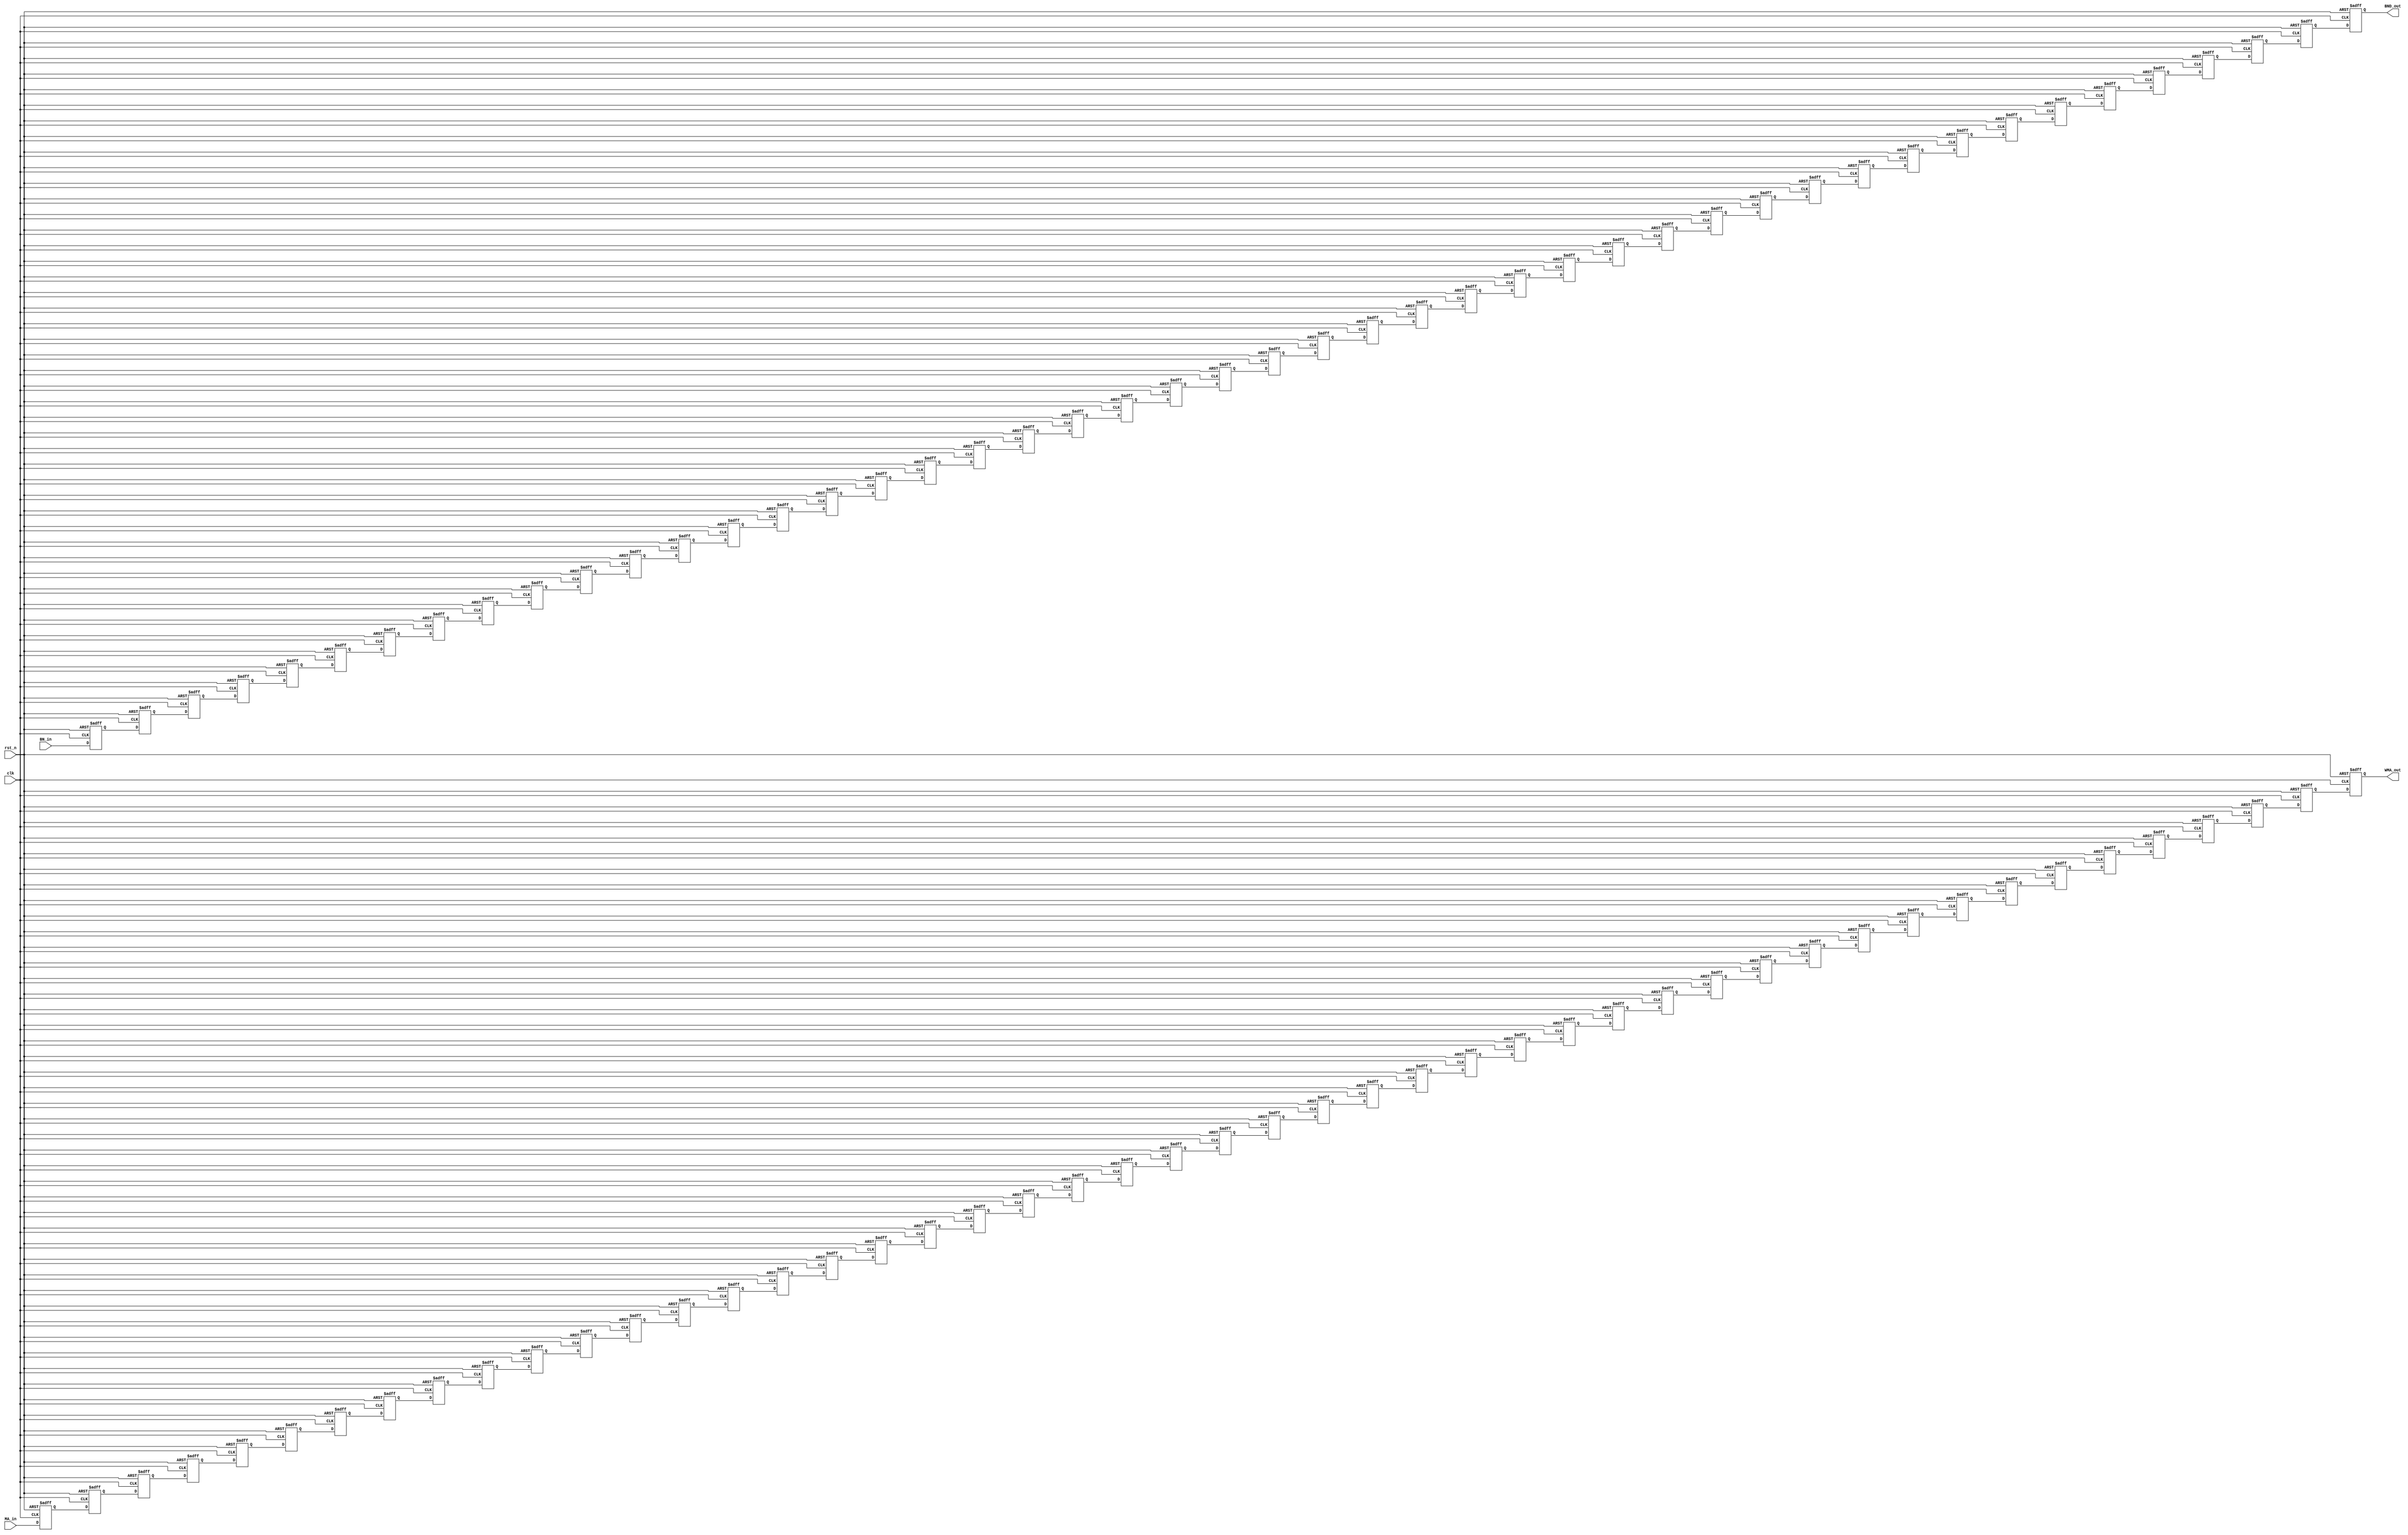
module R16_WAddr(BND_out,                  
 			     WMA_out,                  
                  BN_in,                    
 		         MA_in,                    
                  rst_n,                    
                  clk                       
                  ) ;                       
 parameter A_WIDTH   = 11;
                                               
 parameter A_ZERO    = 11'h0; 
 parameter BN_ZERO   = 1'h0 ;                  
                                               
                                               
 output              BND_out ;                 
 output[A_WIDTH-1:0] WMA_out ;                 
                                               
 input               BN_in ;                   
 input [A_WIDTH-1:0] MA_in ;                   
 input               rst_n ;                   
 input               clk ;                     
                                               
                                               
 reg                 BN_D0_reg ;               
 reg                 BN_D1_reg ;               
 reg                 BN_D2_reg ;               
 reg                 BN_D3_reg ;               
 reg                 BN_D4_reg ;               
 reg                 BN_D5_reg ;               
 reg                 BN_D6_reg ;               
 reg                 BN_D7_reg ;               
 reg                 BN_D8_reg ;               
 reg                 BN_D9_reg ;               
 reg                 BN_D10_reg ;              
 reg                 BN_D11_reg ;              
 reg                 BN_D12_reg ;              
 reg                 BN_D13_reg ;              
 reg                 BN_D14_reg ;              
 reg                 BN_D15_reg ;              
 reg                 BN_D16_reg ;              
 reg                 BN_D17_reg ;              
 reg                 BN_D18_reg ;              
 reg                 BN_D19_reg ;              
 reg                 BN_D20_reg ;              
 reg                 BN_D21_reg ;              
 reg                 BN_D22_reg ;              
 reg                 BN_D23_reg ;              
 reg                 BN_D24_reg ;              
 reg                 BN_D25_reg ;              
 reg                 BN_D26_reg ;              
 reg                 BN_D27_reg ;              
 reg                 BN_D28_reg ;              
 reg                 BN_D29_reg ;              
 reg                 BN_D30_reg ;              
 reg                 BN_D31_reg ;              
 reg                 BN_D32_reg ;              
 reg                 BN_D33_reg ;              
 reg                 BN_D34_reg ;              
 reg                 BN_D35_reg ;              
 reg                 BN_D36_reg ;              
 reg                 BN_D37_reg ;              
 reg                 BN_D38_reg ;              
 reg                 BN_D39_reg ;              
 reg                 BN_D40_reg ;              
 reg                 BN_D41_reg ;              
 reg                 BN_D42_reg ;              
 reg                 BN_D43_reg ;              
 reg                 BN_D44_reg ;              
 reg                 BN_D45_reg ;              
 reg                 BND_out ;                 
                                               
 reg   [A_WIDTH-1:0] MA_D0_reg ;               
 reg   [A_WIDTH-1:0] MA_D1_reg ;               
 reg   [A_WIDTH-1:0] MA_D2_reg ;               
 reg   [A_WIDTH-1:0] MA_D3_reg ;               
 reg   [A_WIDTH-1:0] MA_D4_reg ;               
 reg   [A_WIDTH-1:0] MA_D5_reg ;               
 reg   [A_WIDTH-1:0] MA_D6_reg ;               
 reg   [A_WIDTH-1:0] MA_D7_reg ;               
 reg   [A_WIDTH-1:0] MA_D8_reg ;               
 reg   [A_WIDTH-1:0] MA_D9_reg ;               
 reg   [A_WIDTH-1:0] MA_D10_reg ;              
 reg   [A_WIDTH-1:0] MA_D11_reg ;              
 reg   [A_WIDTH-1:0] MA_D12_reg ;              
 reg   [A_WIDTH-1:0] MA_D13_reg ;              
 reg   [A_WIDTH-1:0] MA_D14_reg ;              
 reg   [A_WIDTH-1:0] MA_D15_reg ;              
 reg   [A_WIDTH-1:0] MA_D16_reg ;              
 reg   [A_WIDTH-1:0] MA_D17_reg ;              
 reg   [A_WIDTH-1:0] MA_D18_reg ;              
 reg   [A_WIDTH-1:0] MA_D19_reg ;              
 reg   [A_WIDTH-1:0] MA_D20_reg ;              
 reg   [A_WIDTH-1:0] MA_D21_reg ;              
 reg   [A_WIDTH-1:0] MA_D22_reg ;              
 reg   [A_WIDTH-1:0] MA_D23_reg ;              
 reg   [A_WIDTH-1:0] MA_D24_reg ;              
 reg   [A_WIDTH-1:0] MA_D25_reg ;              
 reg   [A_WIDTH-1:0] MA_D26_reg ;              
 reg   [A_WIDTH-1:0] MA_D27_reg ;              
 reg   [A_WIDTH-1:0] MA_D28_reg ;              
 reg   [A_WIDTH-1:0] MA_D29_reg ;              
 reg   [A_WIDTH-1:0] MA_D30_reg ;              
 reg   [A_WIDTH-1:0] MA_D31_reg ;              
 reg   [A_WIDTH-1:0] MA_D32_reg ;              
 reg   [A_WIDTH-1:0] MA_D33_reg ;              
 reg   [A_WIDTH-1:0] MA_D34_reg ;              
 reg   [A_WIDTH-1:0] MA_D35_reg ;              
 reg   [A_WIDTH-1:0] MA_D36_reg ;              
 reg   [A_WIDTH-1:0] MA_D37_reg ;              
 reg   [A_WIDTH-1:0] MA_D38_reg ;              
 reg   [A_WIDTH-1:0] MA_D39_reg ;              
 reg   [A_WIDTH-1:0] MA_D40_reg ;              
 reg   [A_WIDTH-1:0] MA_D41_reg ;              
 reg   [A_WIDTH-1:0] MA_D42_reg ;              
 reg   [A_WIDTH-1:0] MA_D43_reg ;              
 reg   [A_WIDTH-1:0] MA_D44_reg ;              
 reg   [A_WIDTH-1:0] MA_D45_reg ;              
 reg   [A_WIDTH-1:0] MA_D46_reg ;              
 reg   [A_WIDTH-1:0] WMA_out ;                 
                                               
                                               
 	//BN delay 47 cycles and MA delay 48 cycles
 	always @(posedge clk or negedge rst_n) begin
 		if(~rst_n) begin                      
 			BN_D0_reg  <= BN_ZERO ;           
 			BN_D1_reg  <= BN_ZERO ;           
 			BN_D2_reg  <= BN_ZERO ;           
 			BN_D3_reg  <= BN_ZERO ;           
 			BN_D4_reg  <= BN_ZERO ;           
 			BN_D5_reg  <= BN_ZERO ;           
 			BN_D6_reg  <= BN_ZERO ;           
 			BN_D7_reg  <= BN_ZERO ;           
 			BN_D8_reg  <= BN_ZERO ;           
 			BN_D9_reg  <= BN_ZERO ;           
 			BN_D10_reg <= BN_ZERO ;           
 			BN_D11_reg <= BN_ZERO ;           
 			BN_D12_reg <= BN_ZERO ;           
 			BN_D13_reg <= BN_ZERO ;           
 			BN_D14_reg <= BN_ZERO ;           
 			BN_D15_reg <= BN_ZERO ;           
 			BN_D16_reg <= BN_ZERO ;           
 			BN_D17_reg <= BN_ZERO ;           
 			BN_D18_reg <= BN_ZERO ;           
 			BN_D19_reg <= BN_ZERO ;           
 			BN_D20_reg <= BN_ZERO ;           
 			BN_D21_reg <= BN_ZERO ;           
 			BN_D22_reg <= BN_ZERO ;           
 			BN_D23_reg <= BN_ZERO ;           
 			BN_D24_reg <= BN_ZERO ;           
 			BN_D25_reg <= BN_ZERO ;           
 			BN_D26_reg <= BN_ZERO ;           
 			BN_D27_reg <= BN_ZERO ;           
 			BN_D28_reg <= BN_ZERO ;           
 			BN_D29_reg <= BN_ZERO ;           
 			BN_D30_reg <= BN_ZERO ;           
 			BN_D31_reg <= BN_ZERO ;           
 			BN_D32_reg <= BN_ZERO ;           
 			BN_D33_reg <= BN_ZERO ;           
 			BN_D34_reg <= BN_ZERO ;           
 			BN_D35_reg <= BN_ZERO ;           
 			BN_D36_reg <= BN_ZERO ;           
 			BN_D37_reg <= BN_ZERO ;           
 			BN_D38_reg <= BN_ZERO ;           
 			BN_D39_reg <= BN_ZERO ;           
 			BN_D40_reg <= BN_ZERO ;           
 			BN_D41_reg <= BN_ZERO ;           
 			BN_D42_reg <= BN_ZERO ;           
 			BN_D43_reg <= BN_ZERO ;           
 			BN_D44_reg <= BN_ZERO ;           
 			BN_D45_reg <= BN_ZERO ;           
 			BND_out    <= BN_ZERO ;           
 			                                  
 			MA_D0_reg  <= A_ZERO ;            
 			MA_D1_reg  <= A_ZERO ;            
 			MA_D2_reg  <= A_ZERO ;            
 			MA_D3_reg  <= A_ZERO ;            
 			MA_D4_reg  <= A_ZERO ;            
 			MA_D5_reg  <= A_ZERO ;            
 			MA_D6_reg  <= A_ZERO ;            
 			MA_D7_reg  <= A_ZERO ;            
 			MA_D8_reg  <= A_ZERO ;            
 			MA_D9_reg  <= A_ZERO ;            
 			MA_D10_reg <= A_ZERO ;            
 			MA_D11_reg <= A_ZERO ;            
 			MA_D12_reg <= A_ZERO ;            
 			MA_D13_reg <= A_ZERO ;            
 			MA_D14_reg <= A_ZERO ;            
 			MA_D15_reg <= A_ZERO ;            
 			MA_D16_reg <= A_ZERO ;            
 			MA_D17_reg <= A_ZERO ;            
 			MA_D18_reg <= A_ZERO ;            
 			MA_D19_reg <= A_ZERO ;            
 			MA_D20_reg <= A_ZERO ;            
 			MA_D21_reg <= A_ZERO ;            
 			MA_D22_reg <= A_ZERO ;            
 			MA_D23_reg <= A_ZERO ;            
 			MA_D24_reg <= A_ZERO ;            
 			MA_D25_reg <= A_ZERO ;            
 			MA_D26_reg <= A_ZERO ;            
 			MA_D27_reg <= A_ZERO ;            
 			MA_D28_reg <= A_ZERO ;            
 			MA_D29_reg <= A_ZERO ;            
 			MA_D30_reg <= A_ZERO ;            
 			MA_D31_reg <= A_ZERO ;            
 			MA_D32_reg <= A_ZERO ;            
 			MA_D33_reg <= A_ZERO ;            
 			MA_D34_reg <= A_ZERO ;            
 			MA_D35_reg <= A_ZERO ;            
 			MA_D36_reg <= A_ZERO ;            
 			MA_D37_reg <= A_ZERO ;            
 			MA_D38_reg <= A_ZERO ;            
 			MA_D39_reg <= A_ZERO ;            
 			MA_D40_reg <= A_ZERO ;            
 			MA_D41_reg <= A_ZERO ;            
 			MA_D42_reg <= A_ZERO ;            
 			MA_D43_reg <= A_ZERO ;            
 			MA_D44_reg <= A_ZERO ;            
 			MA_D45_reg <= A_ZERO ;            
 			MA_D46_reg <= A_ZERO ;            
 			WMA_out    <= A_ZERO ;            
 		end                                   
 		else begin                            
 			BN_D0_reg  <= BN_in ;             
 			BN_D1_reg  <= BN_D0_reg ;         
 			BN_D2_reg  <= BN_D1_reg ;         
 			BN_D3_reg  <= BN_D2_reg ;         
 			BN_D4_reg  <= BN_D3_reg ;         
 			BN_D5_reg  <= BN_D4_reg ;         
 			BN_D6_reg  <= BN_D5_reg ;         
 			BN_D7_reg  <= BN_D6_reg ;         
 			BN_D8_reg  <= BN_D7_reg ;         
 			BN_D9_reg  <= BN_D8_reg ;         
 			BN_D10_reg <= BN_D9_reg ;         
 			BN_D11_reg <= BN_D10_reg ;        
 			BN_D12_reg <= BN_D11_reg ;        
 			BN_D13_reg <= BN_D12_reg ;        
 			BN_D14_reg <= BN_D13_reg ;        
 			BN_D15_reg <= BN_D14_reg ;        
 			BN_D16_reg <= BN_D15_reg ;        
 			BN_D17_reg <= BN_D16_reg ;        
 			BN_D18_reg <= BN_D17_reg ;        
 			BN_D19_reg <= BN_D18_reg ;        
 			BN_D20_reg <= BN_D19_reg ;        
 			BN_D21_reg <= BN_D20_reg ;        
 			BN_D22_reg <= BN_D21_reg ;        
 			BN_D23_reg <= BN_D22_reg ;        
 			BN_D24_reg <= BN_D23_reg ;        
 			BN_D25_reg <= BN_D24_reg ;        
 			BN_D26_reg <= BN_D25_reg ;        
 			BN_D27_reg <= BN_D26_reg ;        
 			BN_D28_reg <= BN_D27_reg ;        
 			BN_D29_reg <= BN_D28_reg ;        
 			BN_D30_reg <= BN_D29_reg ;        
 			BN_D31_reg <= BN_D30_reg ;        
 			BN_D32_reg <= BN_D31_reg ;        
 			BN_D33_reg <= BN_D32_reg ;        
 			BN_D34_reg <= BN_D33_reg ;        
 			BN_D35_reg <= BN_D34_reg ;        
 			BN_D36_reg <= BN_D35_reg ;        
 			BN_D37_reg <= BN_D36_reg ;        
 			BN_D38_reg <= BN_D37_reg ;        
 			BN_D39_reg <= BN_D38_reg ;        
 			BN_D40_reg <= BN_D39_reg ;        
 			BN_D41_reg <= BN_D40_reg ;        
 			BN_D42_reg <= BN_D41_reg ;        
 			BN_D43_reg <= BN_D42_reg ;        
 			BN_D44_reg <= BN_D43_reg ;        
 			BN_D45_reg <= BN_D44_reg ;        
 			BND_out    <= BN_D45_reg ;        
 			                                  
 			MA_D0_reg  <= MA_in ;             
 			MA_D1_reg  <= MA_D0_reg ;         
 			MA_D2_reg  <= MA_D1_reg ;         
 			MA_D3_reg  <= MA_D2_reg ;         
 			MA_D4_reg  <= MA_D3_reg ;         
 			MA_D5_reg  <= MA_D4_reg ;         
 			MA_D6_reg  <= MA_D5_reg ;         
 			MA_D7_reg  <= MA_D6_reg ;         
 			MA_D8_reg  <= MA_D7_reg ;         
 			MA_D9_reg  <= MA_D8_reg ;         
 			MA_D10_reg <= MA_D9_reg ;         
 			MA_D11_reg <= MA_D10_reg ;        
 			MA_D12_reg <= MA_D11_reg ;        
 			MA_D13_reg <= MA_D12_reg ;        
 			MA_D14_reg <= MA_D13_reg ;        
 			MA_D15_reg <= MA_D14_reg ;        
 			MA_D16_reg <= MA_D15_reg ;        
 			MA_D17_reg <= MA_D16_reg ;        
 			MA_D18_reg <= MA_D17_reg ;        
 			MA_D19_reg <= MA_D18_reg ;        
 			MA_D20_reg <= MA_D19_reg ;        
 			MA_D21_reg <= MA_D20_reg ;        
 			MA_D22_reg <= MA_D21_reg ;        
 			MA_D23_reg <= MA_D22_reg ;        
 			MA_D24_reg <= MA_D23_reg ;        
 			MA_D25_reg <= MA_D24_reg ;        
 			MA_D26_reg <= MA_D25_reg ;        
 			MA_D27_reg <= MA_D26_reg ;        
 			MA_D28_reg <= MA_D27_reg ;        
 			MA_D29_reg <= MA_D28_reg ;        
 			MA_D30_reg <= MA_D29_reg ;        
 			MA_D31_reg <= MA_D30_reg ;        
 			MA_D32_reg <= MA_D31_reg ;        
 			MA_D33_reg <= MA_D32_reg ;        
 			MA_D34_reg <= MA_D33_reg ;        
 			MA_D35_reg <= MA_D34_reg ;        
 			MA_D36_reg <= MA_D35_reg ;        
 			MA_D37_reg <= MA_D36_reg ;        
 			MA_D38_reg <= MA_D37_reg ;        
 			MA_D39_reg <= MA_D38_reg ;        
 			MA_D40_reg <= MA_D39_reg ;        
 			MA_D41_reg <= MA_D40_reg ;        
 			MA_D42_reg <= MA_D41_reg ;        
 			MA_D43_reg <= MA_D42_reg ;        
 			MA_D44_reg <= MA_D43_reg ;        
 			MA_D45_reg <= MA_D44_reg ;        
 			MA_D46_reg <= MA_D45_reg ;        
 			WMA_out    <= MA_D46_reg ;        
 		end                                   
 	end                                       
                                               
 endmodule